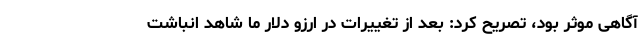
آگاهی موثر بود، تصریح کرد: بعد از تغییرات در ارزو دلار ما شاهد انباشت